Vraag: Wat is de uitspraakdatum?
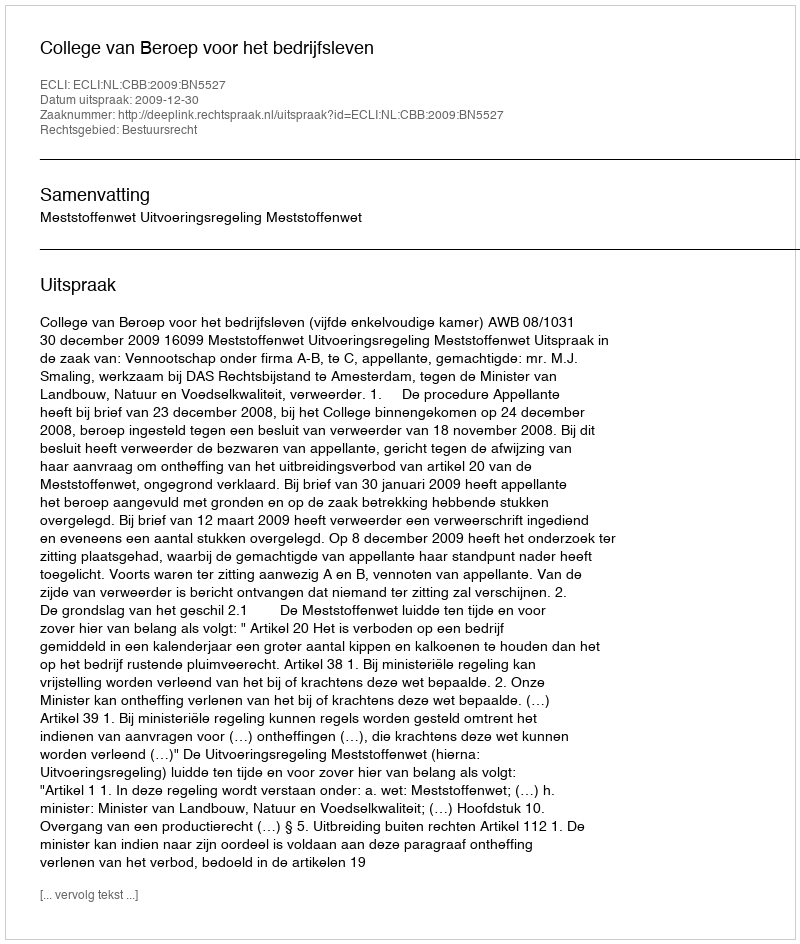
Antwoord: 2009-12-30